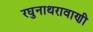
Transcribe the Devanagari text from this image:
रघुनाथरावाणी